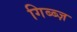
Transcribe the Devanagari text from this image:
गिब्ब्ज़